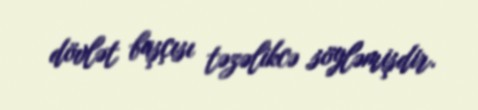
dövlət başçısı təzəlikcə söyləmişdir.